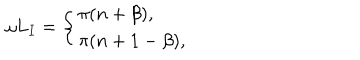
\omega L _ { I } = \left\{ \begin{array} { l l } { { \pi ( n + \beta ) , } } \\ { { \pi ( n + 1 - \beta ) , } } \\ \end{array} \right.